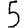
Digit: 5